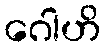
ဂေါဟိ